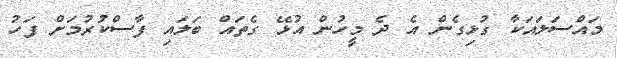
މައްސަލައަކާ ގުޅިގެން އެ ދެ މީހުން އުޅޭ ގެތައް ބަލައި ފާސްކުރުމަށް ފަހު